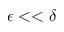
\epsilon < < \delta